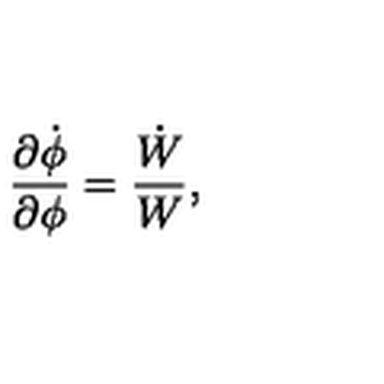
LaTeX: { \frac { \partial \dot { \phi } } { \partial \phi } } = { \frac { \dot { W } } { W } } ,